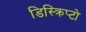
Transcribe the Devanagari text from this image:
डिस्क्रिप्टो